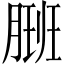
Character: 𬂇